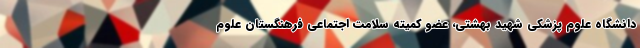
دانشگاه علوم پزشکی شهید بهشتی، عضو کمیته سلامت اجتماعی فرهنگستان علوم